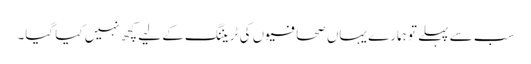
سب سے پہلے تو ہمارے یہاں صحافیوں کی ٹریننگ کے لیے کچھ نہیں کیا گیا۔